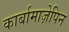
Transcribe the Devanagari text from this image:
कार्बामाज़ेपिन